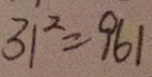
3 1 ^ { 2 } = 9 6 1